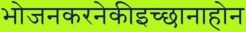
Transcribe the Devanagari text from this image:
भोजनकरनेकीइच्छानाहोन